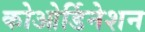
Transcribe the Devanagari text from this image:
कोओर्डिनेशन